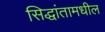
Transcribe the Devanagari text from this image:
सिद्धांतामधील